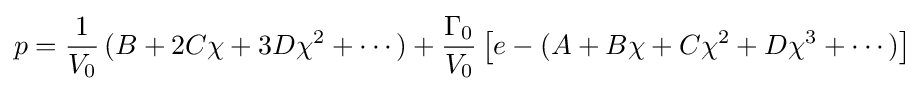
p={\frac {1}{V_{0}}}\,(B+2C\chi +3D\chi ^{2}+\cdots )+{\frac {\Gamma _{0}}{V_{0}}}\left[e-(A+B\chi +C\chi ^{2}+D\chi ^{3}+\cdots )\right]